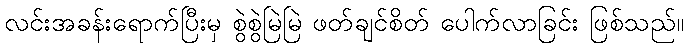
လင်းအခန်းရောက်ပြီးမှ စွဲစွဲမြဲမြဲ ဖတ်ချင်စိတ် ပေါက်လာခြင်း ဖြစ်သည်။